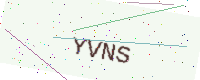
Text: YVNS